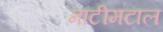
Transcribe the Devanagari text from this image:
माटीमटाल